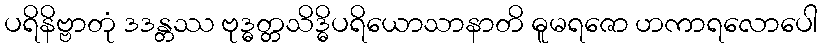
ပရိနိဗ္ဗာတုံ ဒဒန္တဿ ဗုဒ္ဓတ္တသိဒ္ဓိပရိယောသာနာတိ ဓူမရဇော ဟကာရလောပေါ